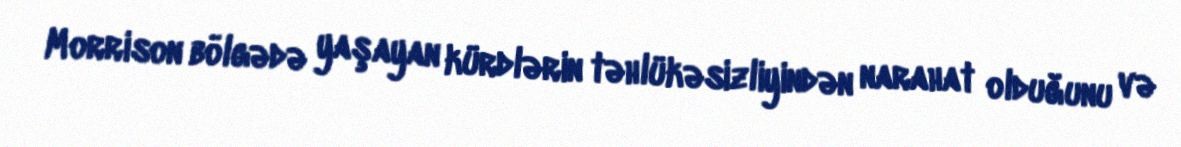
Morrison bölgədə yaşayan kürdlərin təhlükəsizliyindən narahat olduğunu və